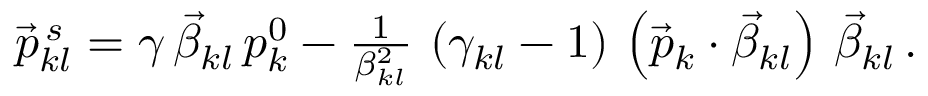
\begin{array} { r } { \vec { p } _ { k l } ^ { \, s } = \gamma \, \vec { \beta } _ { k l } \, p _ { k } ^ { 0 } - \frac { 1 } { \beta _ { k l } ^ { 2 } } \, \left( \gamma _ { k l } - 1 \right) \, \left( \vec { p } _ { k } \cdot \vec { \beta } _ { k l } \right) \, \vec { \beta } _ { k l } \, . } \end{array}